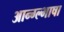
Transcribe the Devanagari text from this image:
आन्ग्ल्भाषा